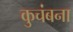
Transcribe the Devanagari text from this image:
कुचंबना